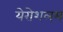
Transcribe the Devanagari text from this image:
येरोशलम